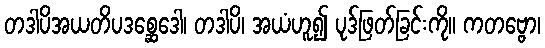
တဒါပိအယတိပဒစ္ဆေဒေါ၊ တဒါပိ၊ အယံဟူ၍ ပုဒ်ဖြတ်ခြင်းကို။ ကတဗ္ဗော၊